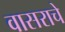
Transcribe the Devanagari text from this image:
वासराचे